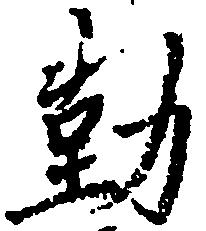
勤